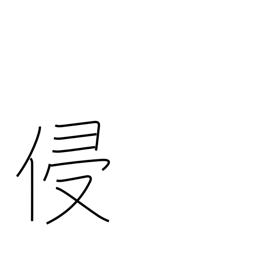
Meaning: violate